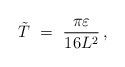
LaTeX: \begin{align*} \Tilde T~=~ \frac{\pi\varepsilon}{16L^{2}}\,,\end{align*}